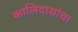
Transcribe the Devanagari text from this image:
कालिदासांचा